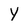
Character: Y